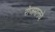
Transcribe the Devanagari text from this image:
रोजमानचे